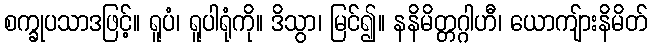
စက္ခုပသာဒဖြင့်။ ရူပံ၊ ရူပါရုံကို။ ဒိသွာ၊ မြင်၍။ နနိမိတ္တဂ္ဂါဟီ၊ ယောကျ်ားနိမိတ်